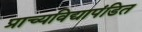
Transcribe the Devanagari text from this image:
प्राच्यविद्यापंडित